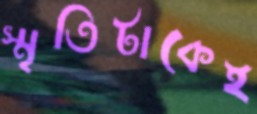
স্মৃতিটাকেই